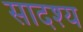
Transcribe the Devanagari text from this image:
सादश्य